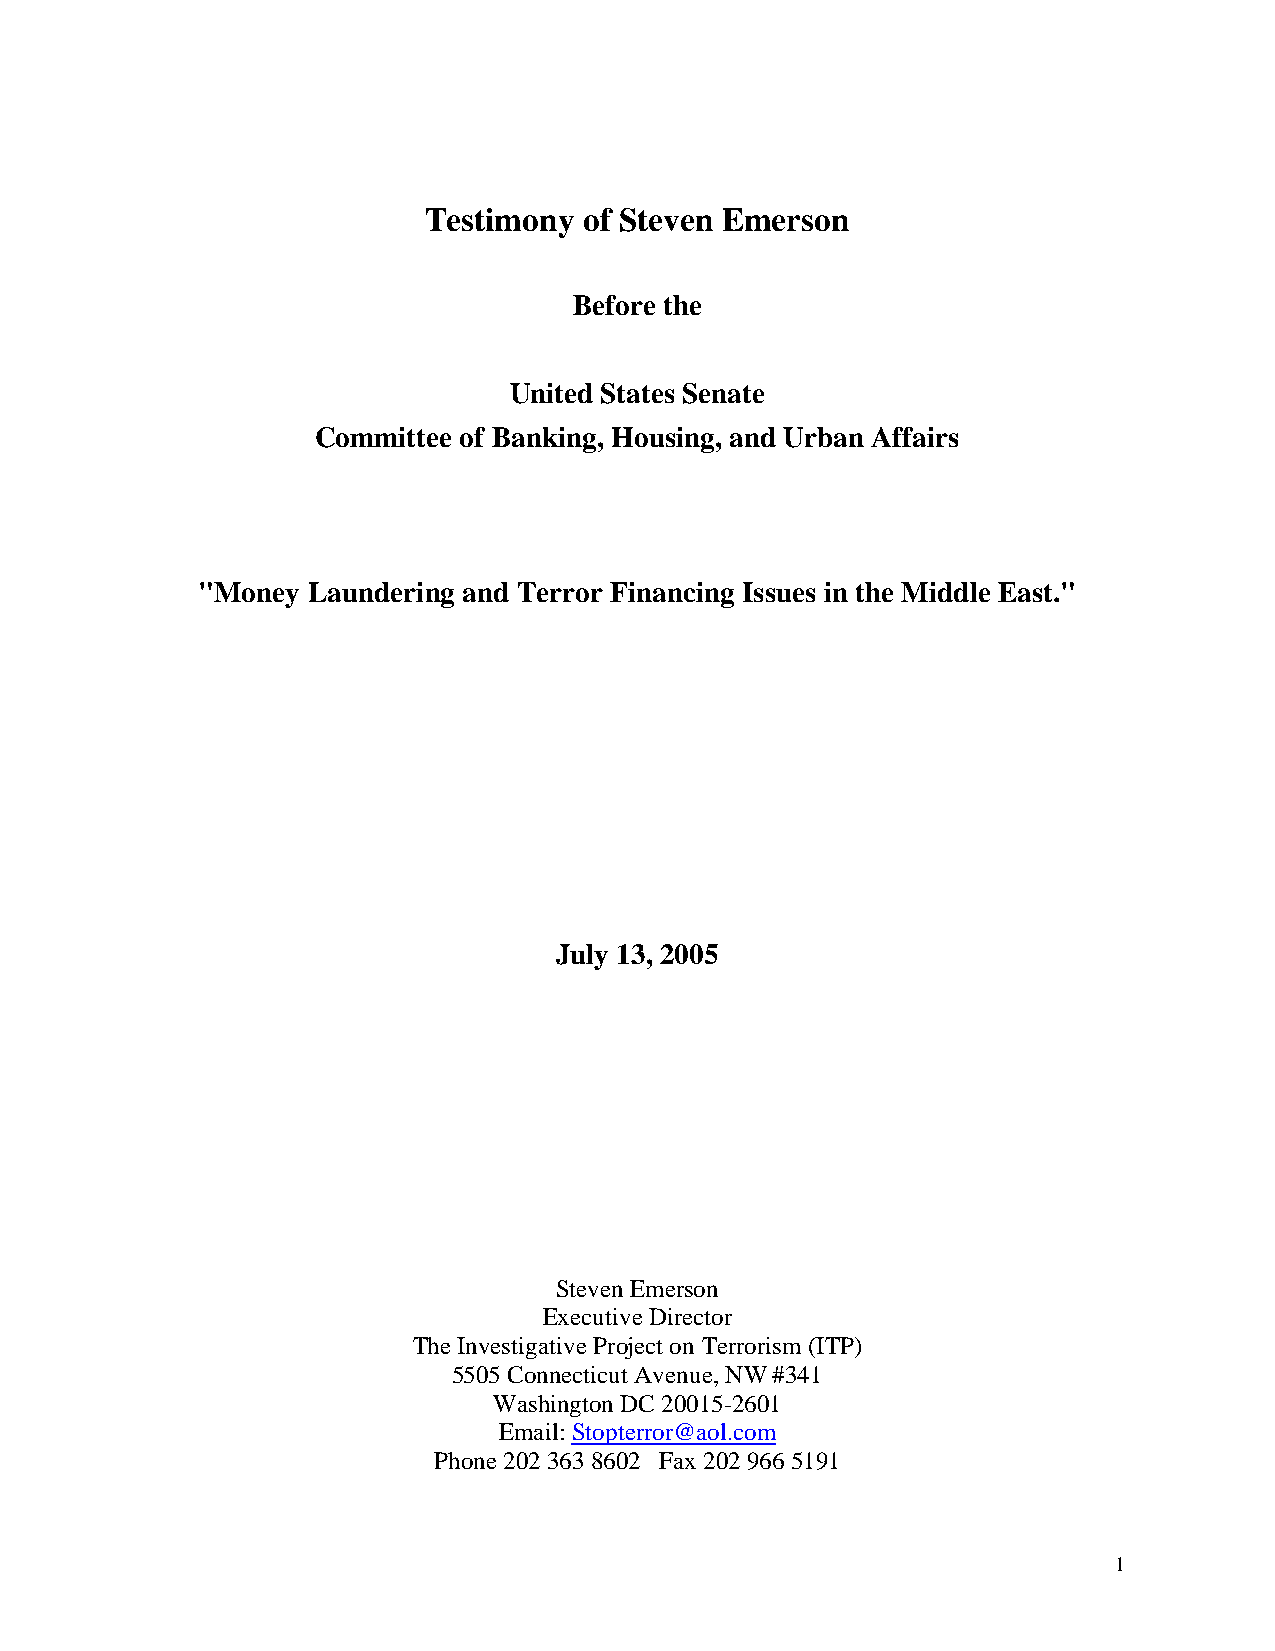
Testimony  of Steven Emerson
 Before the
 United States Senate
 Committee of Banking, Housing, and Urban Affairs
 "Money Laundering and Terror Financing Issues in the Middle East."
 July 13, 2005
 Steven Emerson
 Executive Director
 The Investigative Project on Terrorism (ITP)
 5505 Connecticut Avenue, NW #341
 Washington DC 20015-2601
 Email: Stopterror@aol.com
 Phone 202 363 8602 Fax 202 966 5191
 1